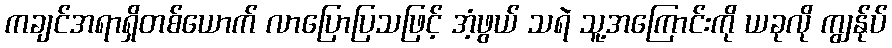
ကချင်အရာရှိတစ်ယောက် လာပြောပြသဖြင့် အံ့ဖွယ် သရဲ သူ့အကြောင်းကို ယခုလို ကျွန်ုပ်